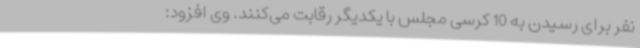
نفر برای رسیدن به 10 کرسی مجلس با یکدیگر رقابت می‌کنند. وی افزود: